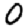
Digit: 0